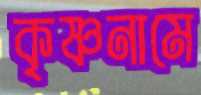
কৃষ্ণনামে